Civil Veterinary Dept. North-West Frontier Province 1901-22 - 1901-1922
Year: 1901
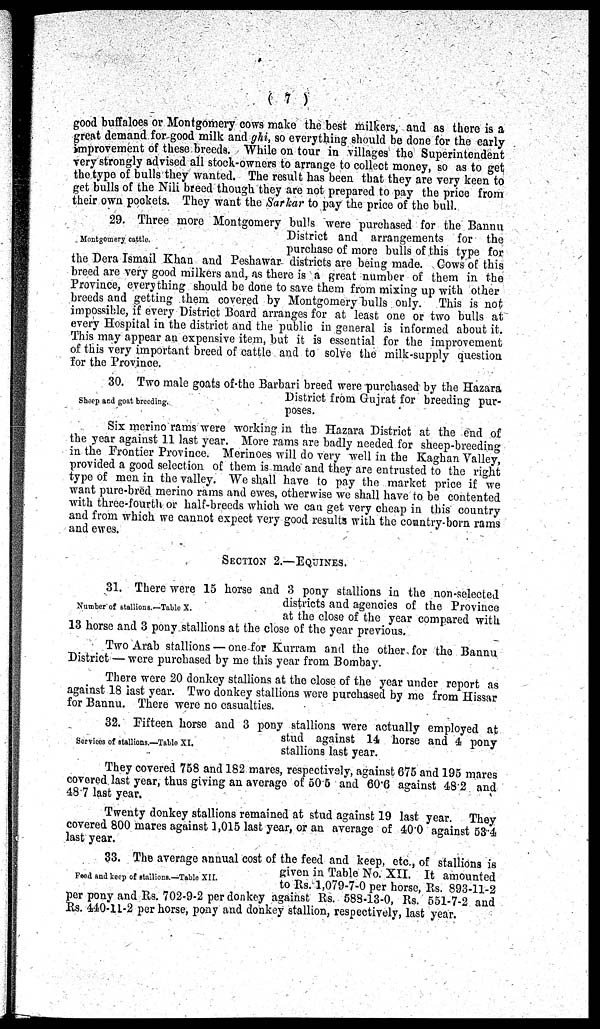
(7)
good buffaloes or Montgomery cows make the best milkers, and as there is a
great demand for good milk and ghi, so everything should be done for the early
improvement of these breeds. While on tour in villages the Superintendent
very strongly advised all stock-owners to arrange to collect money, so as to get
the type of bulls they wanted. The result has been that they are very keen to
get bulls of the Nili breed though they are not prepared to pay the price from
their own pockets. They want the Sarkar to pay the price of the bull.
Montgomery cattle.
29. Three more Montgomery bulls were purchased for the Bannu
District and arrangements for the
purchase of more bulls of this type for
the Dera Ismail Khan and Peshawar districts are being made. Cows of this
breed are very good milkers and, as there is a great number of them in the
Province, everything should be done to save them from mixing up with other
breeds and getting them covered by Montgomery bulls only. This is not
impossible, if every District Board arranges for at least one or two bulls at
every Hospital in the district and the public in general is informed about it.
This may appear an expensive item, but it is essential for the improvement
of this very important breed of cattle and to solve the milk-supply question
for the Province.
Sheep and goat breeding.
30. Two male goats of the Barbari breed were purchased by the Hazara
District from Gujrat for breeding pur-
poses.
Six merino rams were working in the Hazara District at the end of
the year against 11 last year. More rams are badly needed for sheep-breeding
in the Frontier Province. Merinoes will do very well in the Kaghan Valley,
provided a good selection of them is made and they are entrusted to the right
type of men in the valley. We shall have to pay the market price if we
want pure-bred merino rams and owes, otherwise we shall have to be contented
with three-fourth or half-breeds which we can get very cheap in this country
and from which we cannot expect very good results with the country-born rams
and ewes.
SECTION 2.—EQUINES.
Number of stallions.—Table X.
31. There were 15 horse and 3 pony stallions in the non-selected
districts and agencies of the Province
at the close of the year compared with
13 horse and 3 pony stallions at the close of the year previous.
Two Arab stallions — one for Kurram and the other for the Bannu
District — were purchased by me this year from Bombay.
There were 20 donkey stallions at the close of the year under report as
against 18 last year. Two donkey stallions were purchased by me from Hissar
for Bannu. There were no casualties.
Services of stallions.—Table XI.
32. Fifteen horse and 3 pony stallions were actually employed at
stud against 14 horse and 4 pony
stallions last year.
They covered 758 and 182 mares, respectively, against 675 and 195 mares
covered last year, thus giving an average of 50.5 and 60.6 against 48.2 and
48.7 last year.
Twenty donkey stallions remained at stud against 19 last year. They
covered 800 mares against 1,015 last year, or an average of 40.0 against 53.4
last year.
Feed and keep of stallions.—Table XII.
33. The average annual cost of the feed and keep, etc., of stallions is
given in Table No. XII. It amounted
to Rs. 1,079-7-0 per horse, Rs. 893-11-2
per pony and Rs. 702-9-2 per donkey against Rs. 588-13-0, Rs. 551-7-2 and
Rs. 440-11-2 per horse, pony and donkey stallion, respectively, last year.